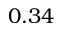
0 . 3 4